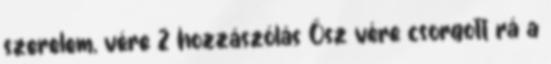
szerelem, vére 2 hozzászólás Ősz vére csorgott rá a